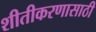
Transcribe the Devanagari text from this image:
शीतीकरणासाठी